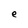
Character: e